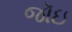
જૉઇ